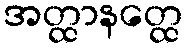
အတ္ထာနတ္ထေ